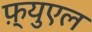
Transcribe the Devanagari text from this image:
फ़्युएल